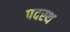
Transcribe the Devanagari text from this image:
पदस्‍थ